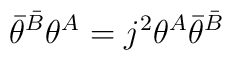
\bar \theta ^{\bar B}\theta ^A=j^2\theta ^A\bar \theta ^{\bar B}